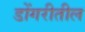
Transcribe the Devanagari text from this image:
डोंगरीतील